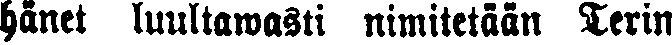
hänet luultawasti nimitetään Terin